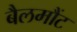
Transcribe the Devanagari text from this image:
बैलमौंट